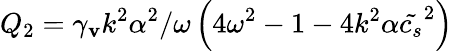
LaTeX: Q_{2}=\gamma_{\mathbf{v}}k^{2}\alpha^{2}/\omega\left(4\omega^{2}-1-4k^{2}\alpha\tilde{{c_{s}}}^{2}\right)